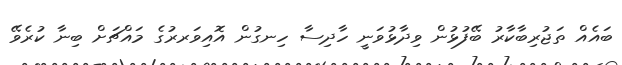
ބައެއް ތަޖުރިބާކާރު ބޭފުޅުން ވިދާޅުވަނީ ހާދިސާ ހިނގުން އޮއިވަރރުގެ މައްޗަށް ބިނާ ކުރެވޭ